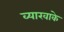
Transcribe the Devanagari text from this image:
व्याखाके